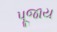
પૂજાય